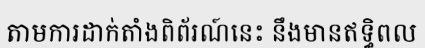
តាមការដាក់តាំងពិព័រណ៍នេះ នឹងមានឥទ្ធិពល